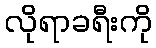
လိုရာခရီးကို